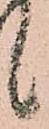
候